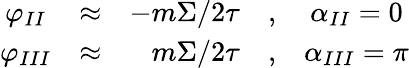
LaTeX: \begin{array}{ccrcc}{{\varphi_{II}}}&{{\approx}}&{{-{m\Sigma/2\tau}}}&{{,}}&{{\alpha_{II}=0}}\\ {{\varphi_{III}}}&{{\approx}}&{{{m\Sigma/2\tau}}}&{{,}}&{{\alpha_{III}=\pi}}\end{array}